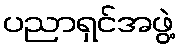
ပညာရှင်အဖွဲ့